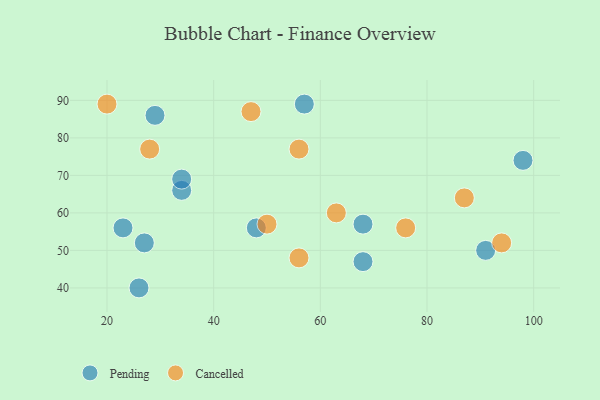
{"axis": {"x": "GDP", "y": "Life Expectancy"}, "legend": ["Cancelled", "Pending"], "data": [{"x": "68", "y": 47, "type": "Pending"}, {"x": "27", "y": 52, "type": "Pending"}, {"x": "34", "y": 66, "type": "Pending"}, {"x": "34", "y": 69, "type": "Pending"}, {"x": "23", "y": 56, "type": "Pending"}, {"x": "91", "y": 50, "type": "Pending"}, {"x": "48", "y": 56, "type": "Pending"}, {"x": "57", "y": 89, "type": "Pending"}, {"x": "68", "y": 57, "type": "Pending"}, {"x": "26", "y": 40, "type": "Pending"}, {"x": "98", "y": 74, "type": "Pending"}, {"x": "29", "y": 86, "type": "Pending"}, {"x": "47", "y": 87, "type": "Cancelled"}, {"x": "20", "y": 89, "type": "Cancelled"}, {"x": "50", "y": 57, "type": "Cancelled"}, {"x": "28", "y": 77, "type": "Cancelled"}, {"x": "94", "y": 52, "type": "Cancelled"}, {"x": "87", "y": 64, "type": "Cancelled"}, {"x": "56", "y": 77, "type": "Cancelled"}, {"x": "76", "y": 56, "type": "Cancelled"}, {"x": "63", "y": 60, "type": "Cancelled"}, {"x": "56", "y": 48, "type": "Cancelled"}]}